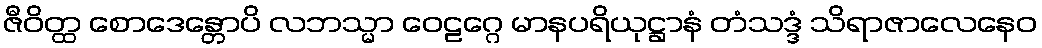
ဇီဝိတ္ထ စောဒေန္တောပိ လဘသ္မာ ဝေဠဂ္ဂေ မာနပရိယုဋ္ဌာနံ တံသဒ္ဒံ သိရာဇာလေနေဝ